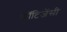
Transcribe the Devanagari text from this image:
कॉटिजेंसी